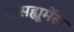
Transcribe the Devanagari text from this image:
ट्रांसह्यूमेंस